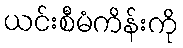
ယင်းစီမံကိန်းကို